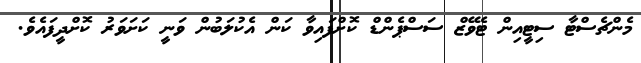
މެންޗެސްޓާ ސިޓީއިން ޓެވޭޒް ސަސްޕެންޑް ކޮށްފައިވާ ކަން އެކުލަބުން ވަނީ ކަށަވަރު ކޮށްދީފައެވެ.